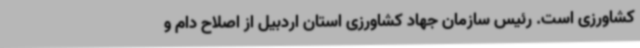
کشاورزی است. رئیس سازمان جهاد کشاورزی استان اردبیل از اصلاح دام و